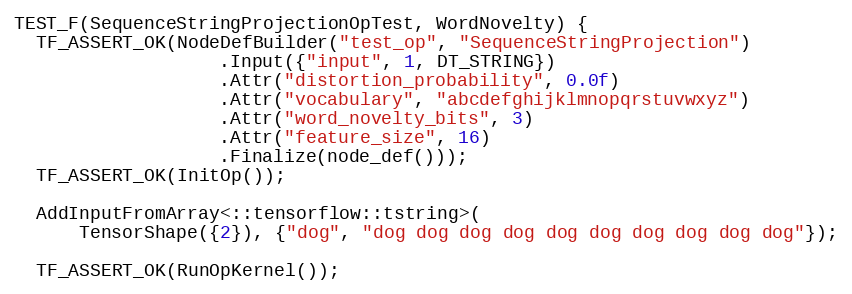
Language: C++
TEST_F(SequenceStringProjectionOpTest, WordNovelty) {
  TF_ASSERT_OK(NodeDefBuilder("test_op", "SequenceStringProjection")
                   .Input({"input", 1, DT_STRING})
                   .Attr("distortion_probability", 0.0f)
                   .Attr("vocabulary", "abcdefghijklmnopqrstuvwxyz")
                   .Attr("word_novelty_bits", 3)
                   .Attr("feature_size", 16)
                   .Finalize(node_def()));
  TF_ASSERT_OK(InitOp());

  AddInputFromArray<::tensorflow::tstring>(
      TensorShape({2}), {"dog", "dog dog dog dog dog dog dog dog dog dog"});

  TF_ASSERT_OK(RunOpKernel());